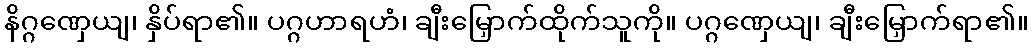
နိဂ္ဂဏှေယျ၊ နှိပ်ရာ၏။ ပဂ္ဂဟာရဟံ၊ ချီးမြှောက်ထိုက်သူကို။ ပဂ္ဂဏှေယျ၊ ချီးမြှောက်ရာ၏။